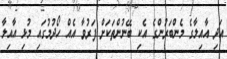
އަދި އާއިލާގެ މެންބަރުންގެ އެކި ބޭނުންތަކަށް ފަރުވާ އެއް ހޯދުމުގައި މުޅި އާއިލާ